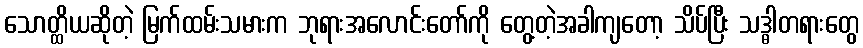
သောတ္ထိယဆိုတဲ့ မြက်ထမ်းသမားက ဘုရားအလောင်းတော်ကို တွေ့တဲ့အခါကျတော့ သိပ်ပြီး သဒ္ဓါတရားတွေ